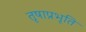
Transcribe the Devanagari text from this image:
तृषाप्रभृति